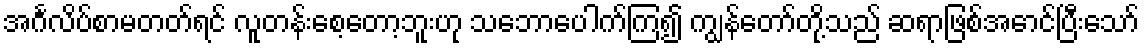
အင်္ဂလိပ်စာမတတ်ရင် လူတန်းစေ့တော့ဘူးဟု သဘောပေါက်ကြ၍ ကျွန်တော်တို့သည် ဆရာဖြစ်အောင်ပြီးသော်